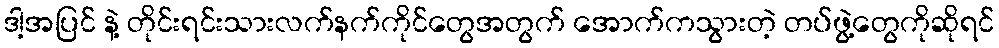
ဒါ့အပြင် နဲ့ တိုင်းရင်းသားလက်နက်ကိုင်တွေအတွက် အောက်ကသွားတဲ့ တပ်ဖွဲ့တွေကိုဆိုရင်